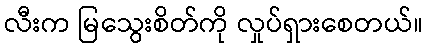
လီးက မြသွေးစိတ်ကို လှုပ်ရှားစေတယ်။